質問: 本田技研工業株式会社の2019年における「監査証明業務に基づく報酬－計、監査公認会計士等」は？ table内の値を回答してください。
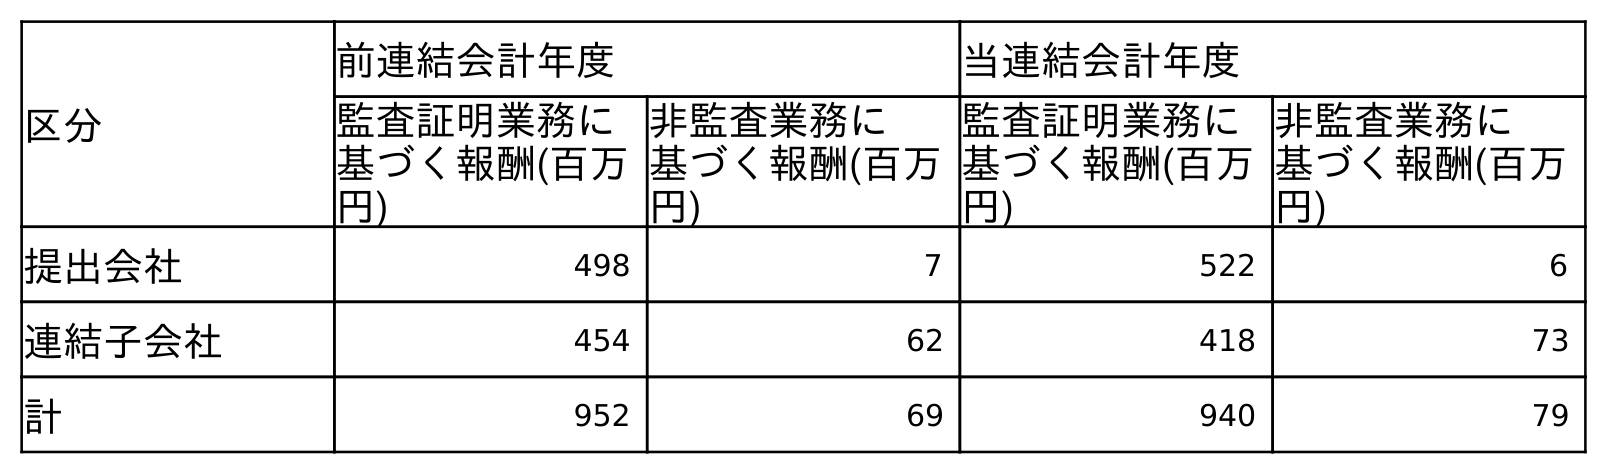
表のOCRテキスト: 区分 前連結会計年度 当連結会計年度 監査証明業務に 基づく報酬(百万 円) 非監査業務に 基づく報酬(百万 円) 監査証明業務に 基づく報酬(百万 円) 非監査業務に 基づく報酬(百万 円) 提出会社 498 7 522 6 連結子会社 454 62 418 73 計 952 69 940 79
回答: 952